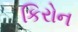
કિરોન